Indian journal of veterinary science and animal husbandry - Volume 5,
Year: 1935
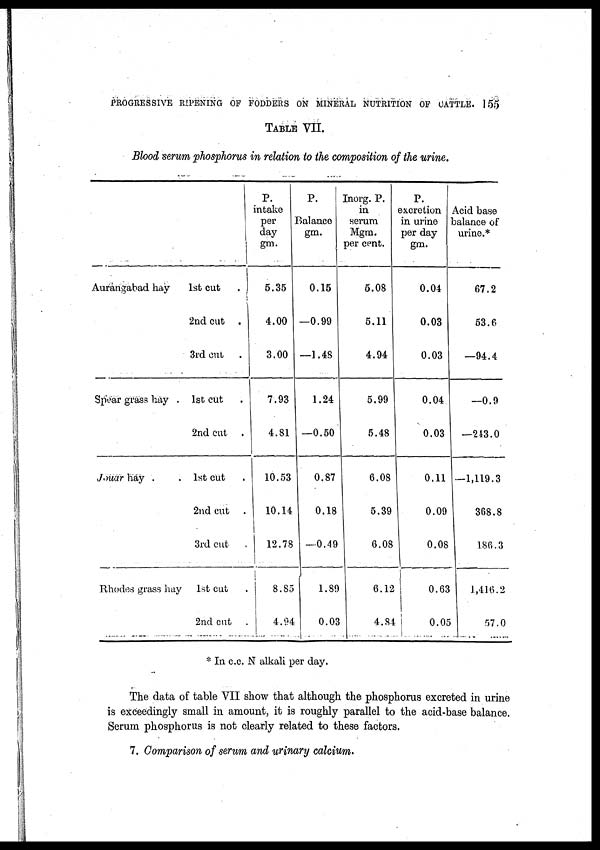
PROGRESSIVE RIPENING OF FODDERS ON MINERAL NUTRITION OF CATTLE. 155
TABLE VII.
Blood serum phosphorus in relation to the composition of the urine.
Aurangabad hay
Spear grass hay .
Jouar hay .
Rhodes grass hay
1st cut
.
2nd cut
.
3rd cut .
1st cut .
2nd cut .
1st cut .
2nd cut .
3rd cut .
1st cut .
2nd cut .
P.
intake
per
day
gm.
5.35
4.00
3.00
7.93
4.81
10.53
10.14
12.78
8.85
4.94
P.
Balance
gm.
0.15
—0.99
—1.48
1.24
—0.50
0.87
0.18
—0.49
1.89
0.03
Inorg. P.
in
serum
Mgm.
per cent.
5.08
5.11
4.94
5.99
5.48
6.08
5.39
6.08
6.12
4.84
P.
excretion
in urine
per day
gm.
0.04
0.03
0.03
0.04
0.03
0.11
0.09
0.08
0.63
0.05
Acid base
balance of
urine.*
67.2
53.6
—94.4
—0.9
—243.0
—1,119.3
368.8
186.3
1,416.2
57.0
* In c.c. N alkali per day.
The data of table VII show that although the phosphorus excreted in urine
is exceedingly small in amount, it is roughly parallel to the acid-base balance.
Serum phosphorus is not clearly related to these factors.
7. Comparison of serum and urinary calcium.